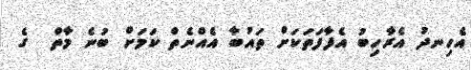
އެހިނދު އެރާހިބު އެފާފަތަކަށް ތައުބާ އެއްނެތް ކަމަށް ބުނެ މާތް  ގެ